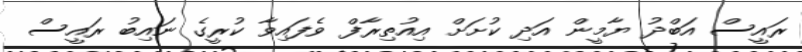
ރައީސް އަބްދު ޔާމީން އަދި ކުށަށް އިއުތިރާފް ވެފައިވާ ކުރީގެ ނައިބު ރައީސް